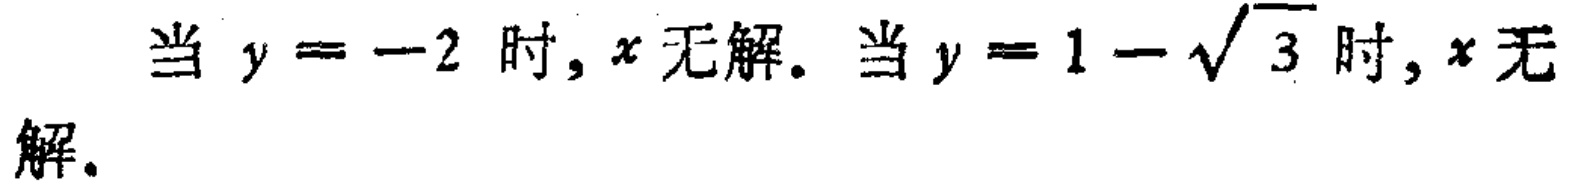
当 \(y = -2\) 时，\(x\) 无解。当 \(y = 1 - \sqrt{3}\) 时，\(x\) 无解。